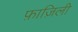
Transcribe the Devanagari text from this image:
फ़ाज़िली